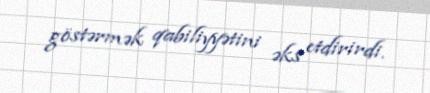
göstərmək qabiliyyətini əks etdirirdi.